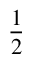
\frac { 1 } { 2 }